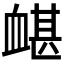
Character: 𧗀